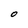
Character: O